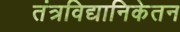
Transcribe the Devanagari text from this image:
तंत्रविद्यानिकेतन